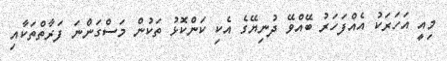
މިއީ އަހަރަކު އެއްފަހަރު ބޭއްވޭ ދުނިޔޭގެ އެކި ކަންކޮޅު ތަކުން މަސްގަންނަ ފަރާތްތަކާއި